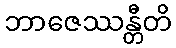
ဘာဇေဿန္တီတိ